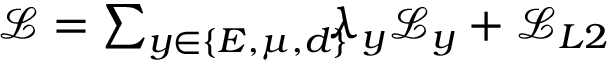
\begin{array} { r } { \mathcal { L } = \sum _ { y \in \{ E , \boldsymbol { \mu } , \boldsymbol { d } \} } \! \! \! \! \lambda _ { y } \mathcal { L } _ { y } + \mathcal { L } _ { L 2 } } \end{array}